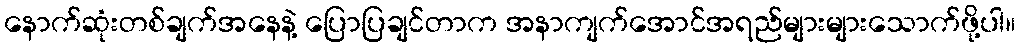
နောက်ဆုံးတစ်ချက်အနေနဲ့ ပြောပြချင်တာက အနာကျက်အောင်အရည်များများသောက်ဖို့ပါ။